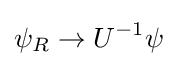
\psi _{R}\to U^{-1}\psi